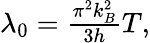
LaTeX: \begin{array}{r}{\lambda_{0}=\frac{\pi^{2}k_{B}^{2}}{3h}T,}\end{array}